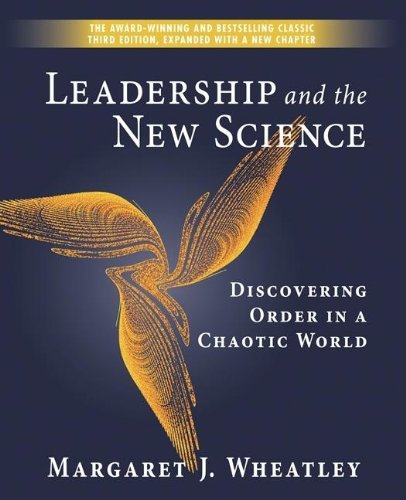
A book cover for Leadership and the New Science: Discovering Order in a Chaotic World; Margaret J. Wheatley; Business & Money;